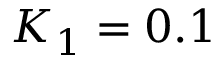
K _ { 1 } = 0 . 1